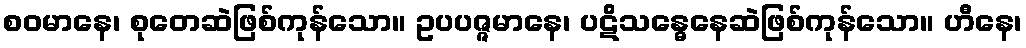
စဝမာနေ၊ စုတေဆဲဖြစ်ကုန်သော။ ဥပပဇ္ဇမာနေ၊ ပဋိသန္ဓေနေဆဲဖြစ်ကုန်သော။ ဟီနေ၊